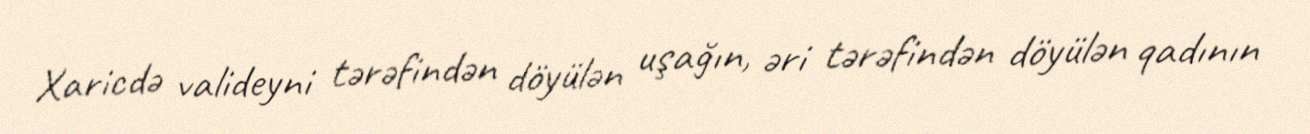
Xaricdə valideyni tərəfindən döyülən uşağın, əri tərəfindən döyülən qadının